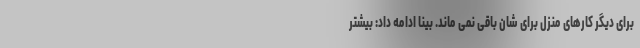
برای دیگر کارهای منزل برای شان باقی نمی ماند. بینا ادامه داد: بیشتر